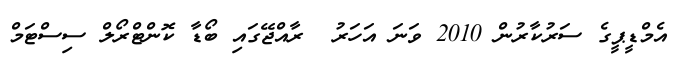
އެމްޑީޕީގެ ސަރުކާރުން 2010 ވަނަ އަހަރު  ރާއްޖޭގައި ބޯޑާ ކޮންޓްރޯލް ސިސްޓަމް